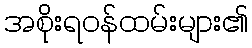
အစိုးရဝန်ထမ်းများ၏